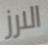
الارز